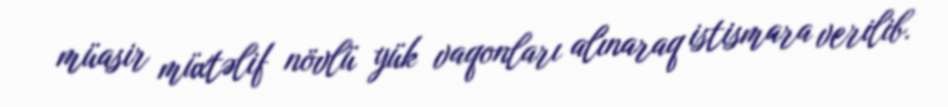
müasir müxtəlif növlü yük vaqonları alınaraq istismara verilib.